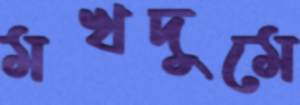
মখদুমে